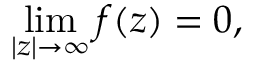
\operatorname* { l i m } _ { | z | \to \infty } f ( z ) = 0 ,